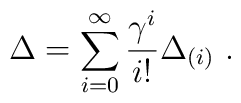
\Delta=\sum_{i=0}^{\infty}\frac{\gamma^i}{i!}\Delta_{(i)}~.